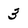
Character: 3